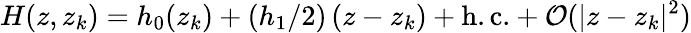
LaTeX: H(z,z_{k})=h_{0}(z_{k})+(h_{1}/2)\, (z-z_{k})+\mathrm{h.c.}+{\mathcal O}(|z-z_{k}|^{2})